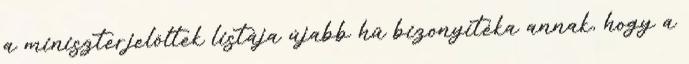
a miniszterjelöltek listája újabb hű bizonyítéka annak, hogy a